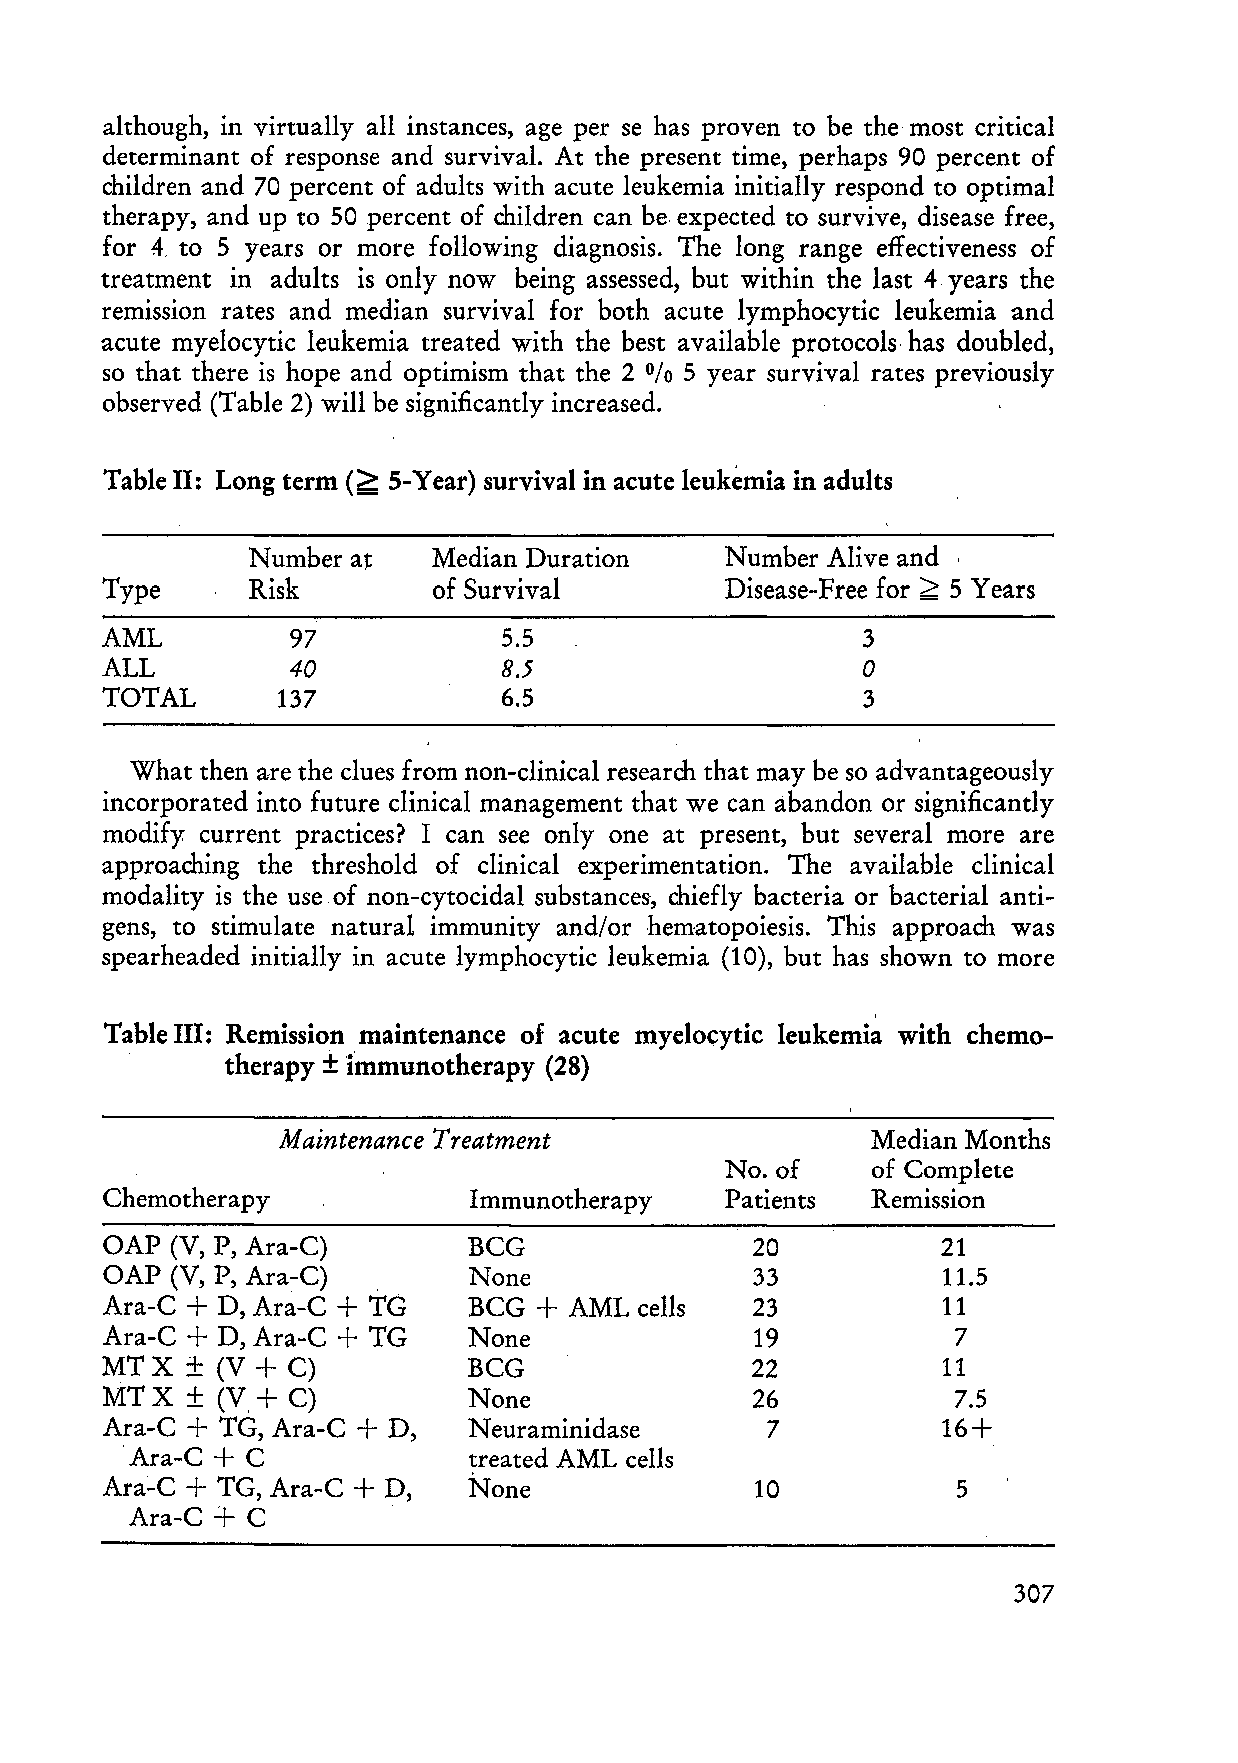
although, in virtually all instances, age per se has proven to be the most critical
 determinant of response and survival. At the present time, perhaps 90 percent of
 children and 70 percent of adults withacute leukemia initially respond to optimal
 therapy, and up to 50 percent of children can be. expected to survive, disease free,
 for 4. to 5 years or more following diagnosis. The long range effectiveness of
 treatment in adults is only now being assessed, but within the last 4 years the
 remission rates and median survival for both acute lymphocytic leukemia and
 acute myelocytic leukemia treated with the best available protocols· has doubled,
 so that there is hope and optimism that the 2 5 year survival rates previously
 %
 observed (Table 2) will be significantly increased.
 Table 11: Long term (~ 5-Year) survival in acute leukemia in adults
 Number at   Median Duration    Number Alive and '
 Type      Risk        of Survival        Disease-Free for > 5 Years
 AML         97            5.5                     3
 ALL         40            8.5                     0
 TOTAL      137            6.5                     3
 What then are the clues from non-clinical research that may be so advantageously
 incorporated into future clinical management that we can abandon or significantly
 modify current practices? I can see only one at present, but several more are
 approaching the threshold of clinical experimentation. The available clinical
 modality is the useof non-cytocidal substances, chiefly bacteria or bacterial anti
 gens, to stimulate natural immunity and/or hematopoiesis. This approach was
 spearheaded initially in acute lymphocytic leukemia (10), but has shown to more
 Table 111: Remission maintenance of acute myelm:ytic leukemia with chemo
 therapy ± ilnmunotherapy (28)
 Maintenance Treatment                  Median Months
 No.of     of Complete
 Chemotherapy            Immunotherapy    Patients  Remission
 OAP (V, P, Ara-C)       BCG                20          21
 OAP (V, P, Ara~C)       None               33          11.5
 Ara-C + D, Ara-C + TC   BCG  + AML cells   23          11
 Ara-C + D, Ara-C + TG   None               19           7
 MTX  + (V + C)          BCG                22          11
 MTX  +  (V. + C)        None               26           7.5
 Ara-C + TG, Ara-C + D,  N euraminidase      7          16+
 'Ara-C + C             treated AML cells
 Ara-C + TG, Ara-C + D,  None               10           5
 +
 Ara-C  C
 307